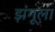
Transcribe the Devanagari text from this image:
झंगूला